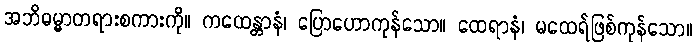
အဘိဓမ္မာတရားစကားကို။ ကထေန္တာနံ၊ ပြောဟောကုန်သော။ ထေရာနံ၊ မထေရ်ဖြစ်ကုန်သော။